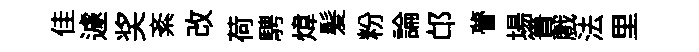
佳遽奖紊改荷騁煒髪粉論邙瞢場簣戲法里